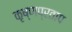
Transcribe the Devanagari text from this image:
कृष्णप्रताप